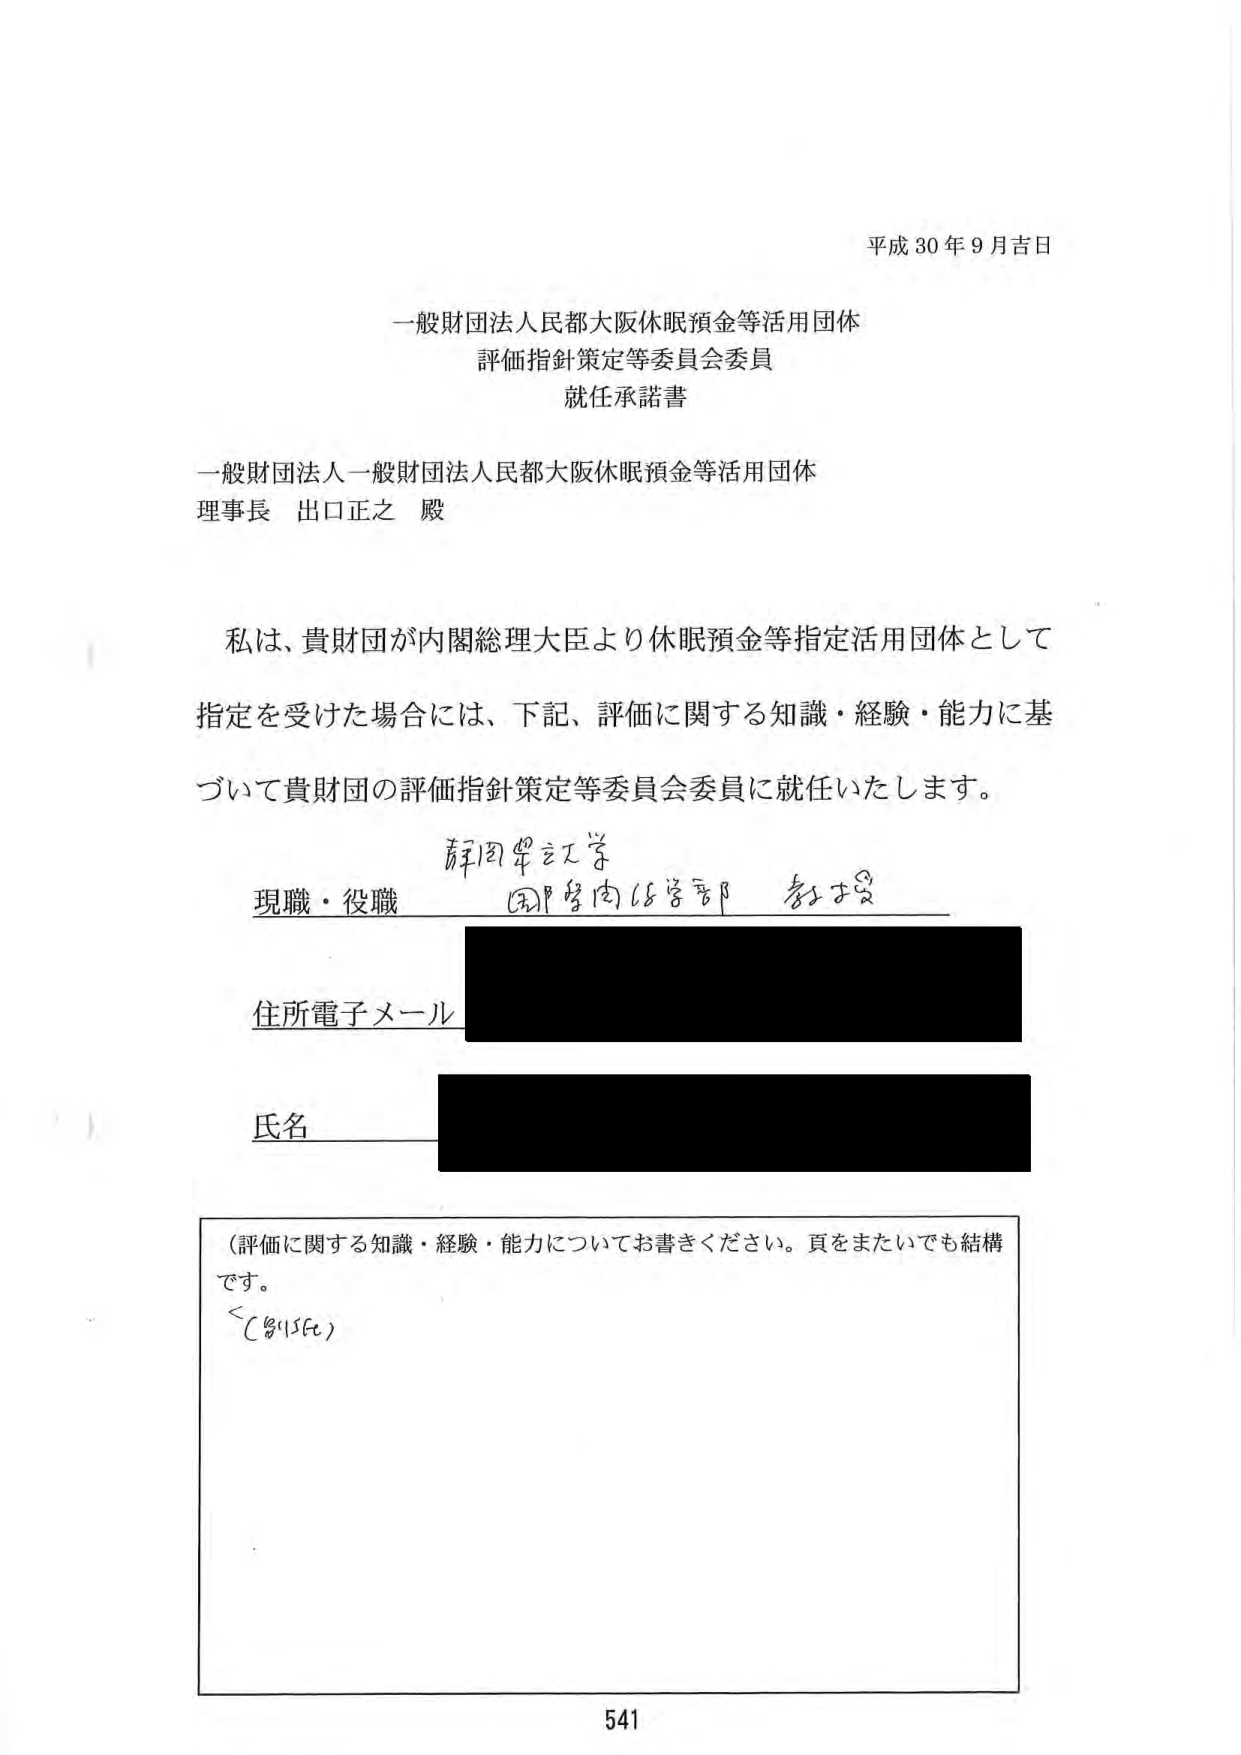
平成30年9月吉日

一般財団法人民都大阪休眠預金等活用団体
評価指針策定等委員会委員
就任承諾書

一般財団法人一般財団法人民都大阪休眠預金等活用団体
理事長 出口正之 殿

私は、貴財団が内閣総理大臣より休眠預金等指定活用団体として
指定を受けた場合には、下記、評価に関する知識・経験・能力に基づいて貴財団の評価指針策定等委員会委員に就任いたします。

現職・役職 静岡県立大学 国際関係学部 教授

住所電子メール

氏名

（評価に関する知識・経験・能力についてお書きください。頁をまたいでも結構です。
＜略＞）

541